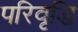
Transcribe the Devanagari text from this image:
परिवृद्धि